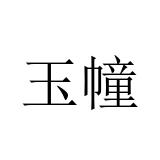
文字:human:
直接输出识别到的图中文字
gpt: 玉幢